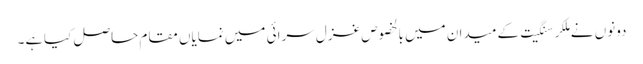
دونوں نے مِلکر سنگِیت کے میدان میں بالخصوص غزل سرائی میں نمایاں مقام حاصل کیا ہَے۔